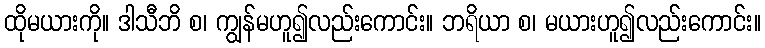
ထိုမယားကို။ ဒါသီဘိ စ၊ ကျွန်မဟူ၍လည်းကောင်း။ ဘရိယာ စ၊ မယားဟူ၍လည်းကောင်း။